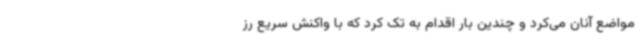
مواضع آنان می‌کرد و چندین بار اقدام به تک کرد که با واکنش سریع رز